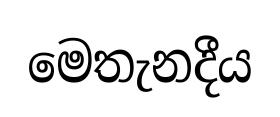
මෙතැනදීය